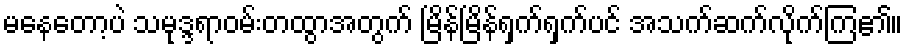
မနေတော့ပဲ သမုဒ္ဒရာဝမ်းတထွာအတွက် မြိန်မြိန်ရှက်ရှက်ပင် အသက်ဆက်လိုက်ကြ၏။